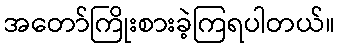
အတော်ကြိုးစားခဲ့ကြရပါတယ်။